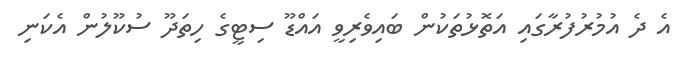
އެ ދެ އުމުރުފުރާގައި އަތޮޅުތަކުން ބައިވެރިވީ އައްޑޫ ސިޓީގެ ހިތަދޫ ސުކޫލުން އެކަނި